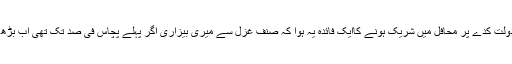
چھہ سات بار ان کے دولت کدے پر محافل میں شریک ہونے کاایک فائدہ یہ ہوا کہ صنف غزل سے میری بیزاری اگر پہلے پچاس فی صد تک تھی اب بڑھ کر سو فی صد ہو گئی۔